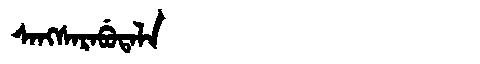
Manchu: ᠰᠠᠩᠰᠠᡵᠠᠪᡠᡨᠠᠯᠠ
Romanization: SANGSARABUTALA